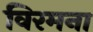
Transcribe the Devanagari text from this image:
विरमना